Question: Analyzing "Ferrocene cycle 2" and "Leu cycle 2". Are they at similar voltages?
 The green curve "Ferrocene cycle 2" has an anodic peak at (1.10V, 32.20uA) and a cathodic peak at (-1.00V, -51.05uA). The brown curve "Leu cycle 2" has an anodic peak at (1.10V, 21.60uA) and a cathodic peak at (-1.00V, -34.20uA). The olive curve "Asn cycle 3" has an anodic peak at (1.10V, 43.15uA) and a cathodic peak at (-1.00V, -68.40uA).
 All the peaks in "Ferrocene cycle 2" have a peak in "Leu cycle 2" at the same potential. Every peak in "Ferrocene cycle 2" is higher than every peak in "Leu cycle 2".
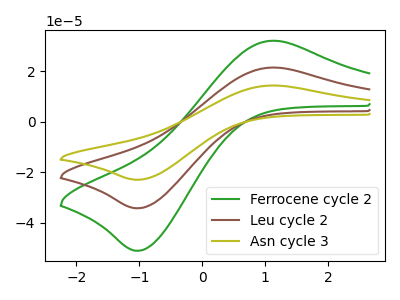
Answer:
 <answer>"Ferrocene cycle 2" and "Leu cycle 2" are similar in shape.</answer>
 <eval>same_shape</eval>